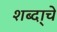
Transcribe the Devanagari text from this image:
शब्दा्चे